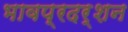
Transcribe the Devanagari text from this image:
भावप्रदर्शन